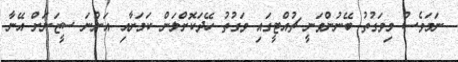
ނަމަވެސް މިވަގުތު ބޭނުންވަނީ ޗުއްޓީގައި ވަގުތު ހޭދަކޮށްލަން ކަމަށާއި އަންނަ ސީޒަނަށް އޭނާ